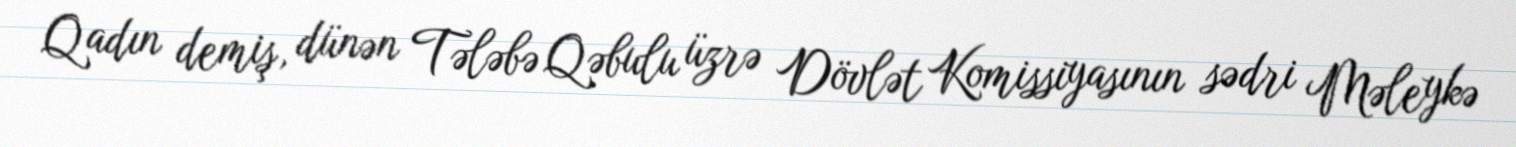
Qadın demiş, dünən Tələbə Qəbulu üzrə Dövlət Komissiyasının sədri Məleykə